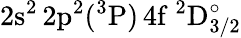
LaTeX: \mathrm{2s^{2}\, 2p^{2}(^{3}P)\, 4f~^{2}D_{3/2}^{\circ}}